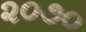
૨૦૭૦